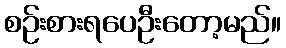
စဉ်းစားရပေဦးတော့မည်။